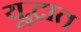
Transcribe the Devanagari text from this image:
यूद्धात